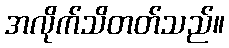
အလိုက်သိတတ်သည်။